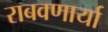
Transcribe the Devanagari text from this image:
राबवणार्या